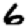
Digit: 6